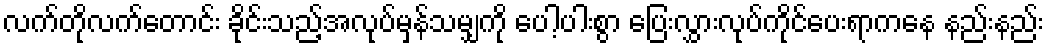
လက်တိုလက်တောင်း ခိုင်းသည့်အလုပ်မှန်သမျှကို ပေါ့ပါးစွာ ပြေးလွှားလုပ်ကိုင်ပေးရာကနေ နည်းနည်း